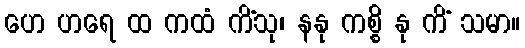
ဟေ ဟရေ ထ ကထံ ကိံသု၊ နနု ကစ္စိ နု ကိံ သမာ။